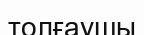
толғаушы